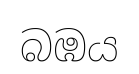
බඹය